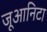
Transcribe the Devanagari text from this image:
जूआनिटा